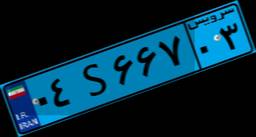
۸۶S۹۱۹۹۹